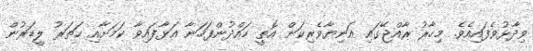
ވިދާޅުވެފައިއެވެ. މިހާރު ރާއްޖޭގައި އަނިޔާވެރިކަން އޮތީ ހައްދުންފަހަނާ އަޅާފައިވާ ކަމަށާއި ހަތަރު ލީޑަރުން